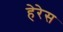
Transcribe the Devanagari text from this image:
हेरेस